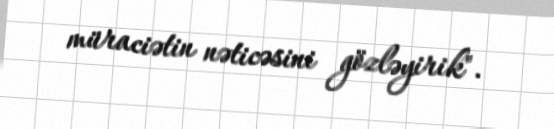
müraciətin nəticəsini gözləyirik".